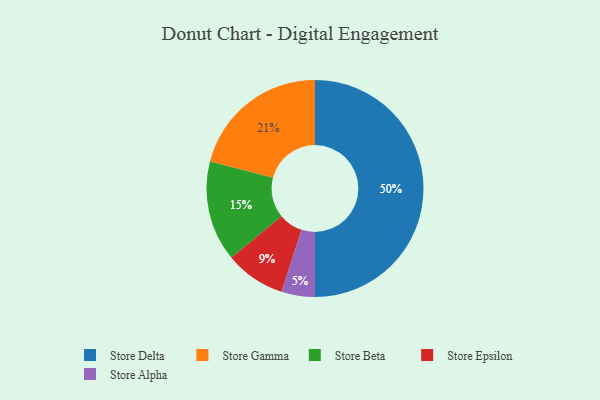
{"axis": {"x": "Category", "y": "Percentage"}, "legend": ["Store Alpha", "Store Beta", "Store Delta", "Store Epsilon", "Store Gamma"], "data": [{"x": "Store Alpha", "y": 5, "type": "Store Alpha"}, {"x": "Store Epsilon", "y": 9, "type": "Store Epsilon"}, {"x": "Store Delta", "y": 50, "type": "Store Delta"}, {"x": "Store Beta", "y": 15, "type": "Store Beta"}, {"x": "Store Gamma", "y": 21, "type": "Store Gamma"}]}